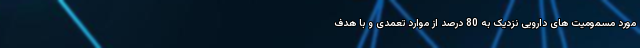
مورد مسمومیت های دارویی نزدیک به 80 درصد از موارد تعمدی و با هدف